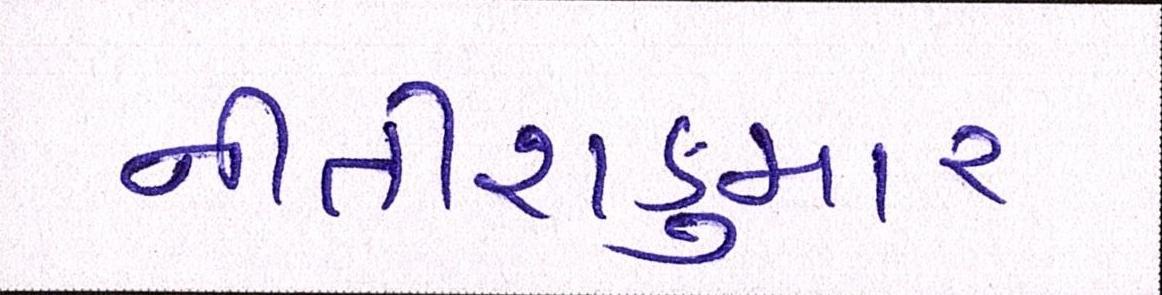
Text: નીતીશકુમાર